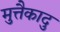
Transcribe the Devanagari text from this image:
मुत्तैकादु